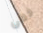
خطى